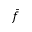
\bar { f }